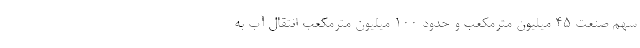
سهم صنعت ۴۵ میلیون مترمکعب و حدود ۱۰۰ میلیون مترمکعب انتقال آب به